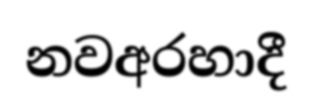
නවඅරහාදී